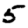
Digit: 5